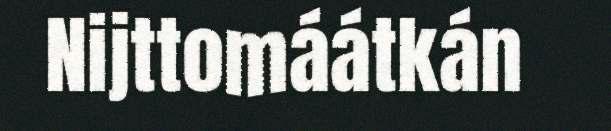
Nijttomáátkán